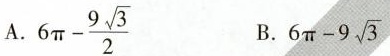
A.$$6 \pi - \frac { 9 \sqrt { 3 } } { 2 }$$ B.$$6 \pi - 9 \sqrt { 3 }$$